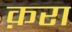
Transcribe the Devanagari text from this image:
क़रा